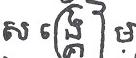
សង្គ្រៀម